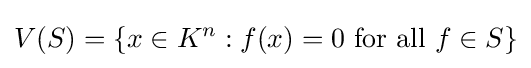
V(S)=\{x\in K^{n}:f(x)=0{\mbox{ for all }}f\in S\}